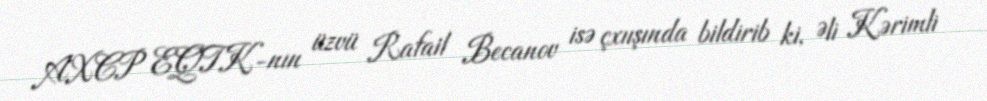
AXCP EQTK-nın üzvü Rafail Becanov isə çxıışında bildirib ki, Əli Kərimli